Indian journal of veterinary science and animal husbandry - Volumes 15-17, 1948-1951
Year: 1948
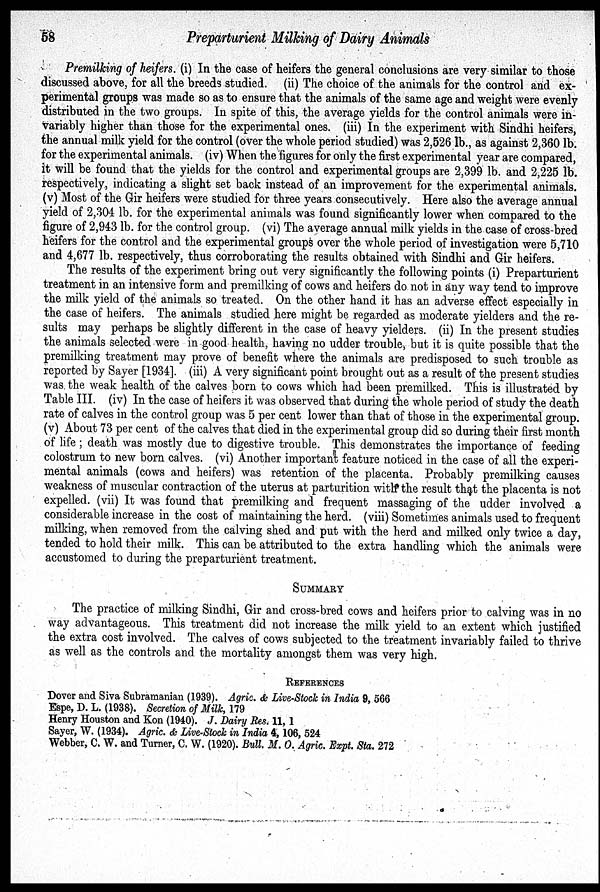
58
Preparturient Milking of Dairy Animals
Premilking of heifers. (i) In the case of heifers the general conclusions are very similar to those
discussed above, for all the breeds studied. (ii) The choice of the animals for the control and ex-
perimental groups was made so as to ensure that the animals of the same age and weight were evenly
distributed in the two groups. In spite of this, the average yields for the control animals were in-
variably higher than those for the experimental ones. (iii) In the experiment with Sindhi heifers,
the annual milk yield for the control (over the whole period studied) was 2,526 lb., as against 2,360 lb.
for the experimental animals. (iv) When the figures for only the first experimental year are compared,
it will be found that the yields for the control and experimental groups are 2,399 lb. and 2,225 lb.
respectively, indicating a slight set back instead of an improvement for the experimental animals.
(v) Most of the Gir heifers were studied for three years consecutively. Here also the average annual
yield of 2,304 lb. for the experimental animals was found significantly lower when compared to the
figure of 2,943 lb. for the control group. (vi) The average annual milk yields in the case of cross-bred
heifers for the control and the experimental groups over the whole period of investigation were 5,710
and 4,677 lb. respectively, thus corroborating the results obtained with Sindhi and Gir heifers.
The results of the experiment bring out very significantly the following points (i) Preparturient
treatment in an intensive form and premilking of cows and heifers do not in any way tend to improve
the milk yield of the animals so treated. On the other hand it has an adverse effect especially in
the case of heifers. The animals studied here might be regarded as moderate yielders and the re-
sults may perhaps be slightly different in the case of heavy yielders. (ii) In the present studies
the animals selected were in good health, having no udder trouble, but it is quite possible that the
premilking treatment may prove of benefit where the animals are predisposed to such trouble as
reported by Sayer [1934]. (iii) A very significant point brought out as a result of the present studies
was the weak health of the calves born to cows which had been premilked. This is illustrated by
Table III. (iv) In the case of heifers it was observed that during the whole period of study the death
rate of calves in the control group was 5 per cent lower than that of those in the experimental group.
(v) About 73 per cent of the calves that died in the experimental group did so during their first month
of life; death was mostly due to digestive trouble. This demonstrates the importance of feeding
colostrum to new born calves. (vi) Another important feature noticed in the case of all the experi-
mental animals (cows and heifers) was retention of the placenta. Probably premilking causes
weakness of muscular contraction of the uterus at parturition with the result that the placenta is not
expelled. (vii) It was found that premilking and frequent massaging of the udder involved a
considerable increase in the cost of maintaining the herd. (viii) Sometimes animals used to frequent
milking, when removed from the calving shed and put with the herd and milked only twice a day,
tended to hold their milk. This can be attributed to the extra handling which the animals were
accustomed to during the preparturient treatment.
SUMMARY
The practice of milking Sindhi, Gir and cross-bred cows and heifers prior to calving was in no
way advantageous. This treatment did not increase the milk yield to an extent which justified
the extra cost involved. The calves of cows subjected to the treatment invariably failed to thrive
as well as the controls and the mortality amongst them was very high.
REFERENCES
Dover and Siva Subramanian (1939). Agric. & Live-Stock in India, 9, 566
Espe, D. L. (1938). Secretion of Milk, 179
Henry Houston and Kon (1940). J. Dairy Res. 11, 1
Sayer, W. (1934). Agric. & Live-Stock in India 4, 106, 524
Webber, C. W. and Turner, C. W. (1920). Bull. M. 0. Agric. Expt. Sta. 272